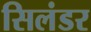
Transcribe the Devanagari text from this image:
सिलंडर